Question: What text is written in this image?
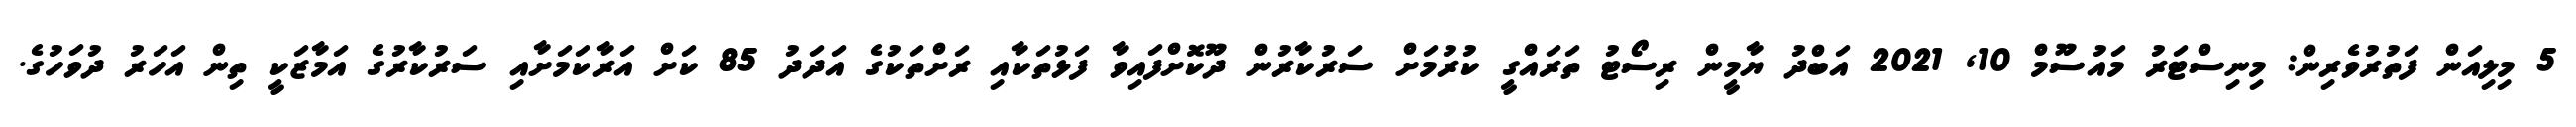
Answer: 5 މިލިއަން ފަތުރުވެރިން: މިނިސްޓަރު މައުސޫމް 10, 2021 އަބްދު ޔާމީން ރިސޯޓު ތަރައްގީ ކުރުމަށް ސަރުކާރުން ދޫކޮށްފައިވާ ފަޅުތަކާއި ރަށްތަކުގެ އަދަދު 85 ކަށް އަރާކަމަށާއި ސަރުކާރުގެ އަމާޒަކީ ތިން އަހަރު ދުވަހުގެ.